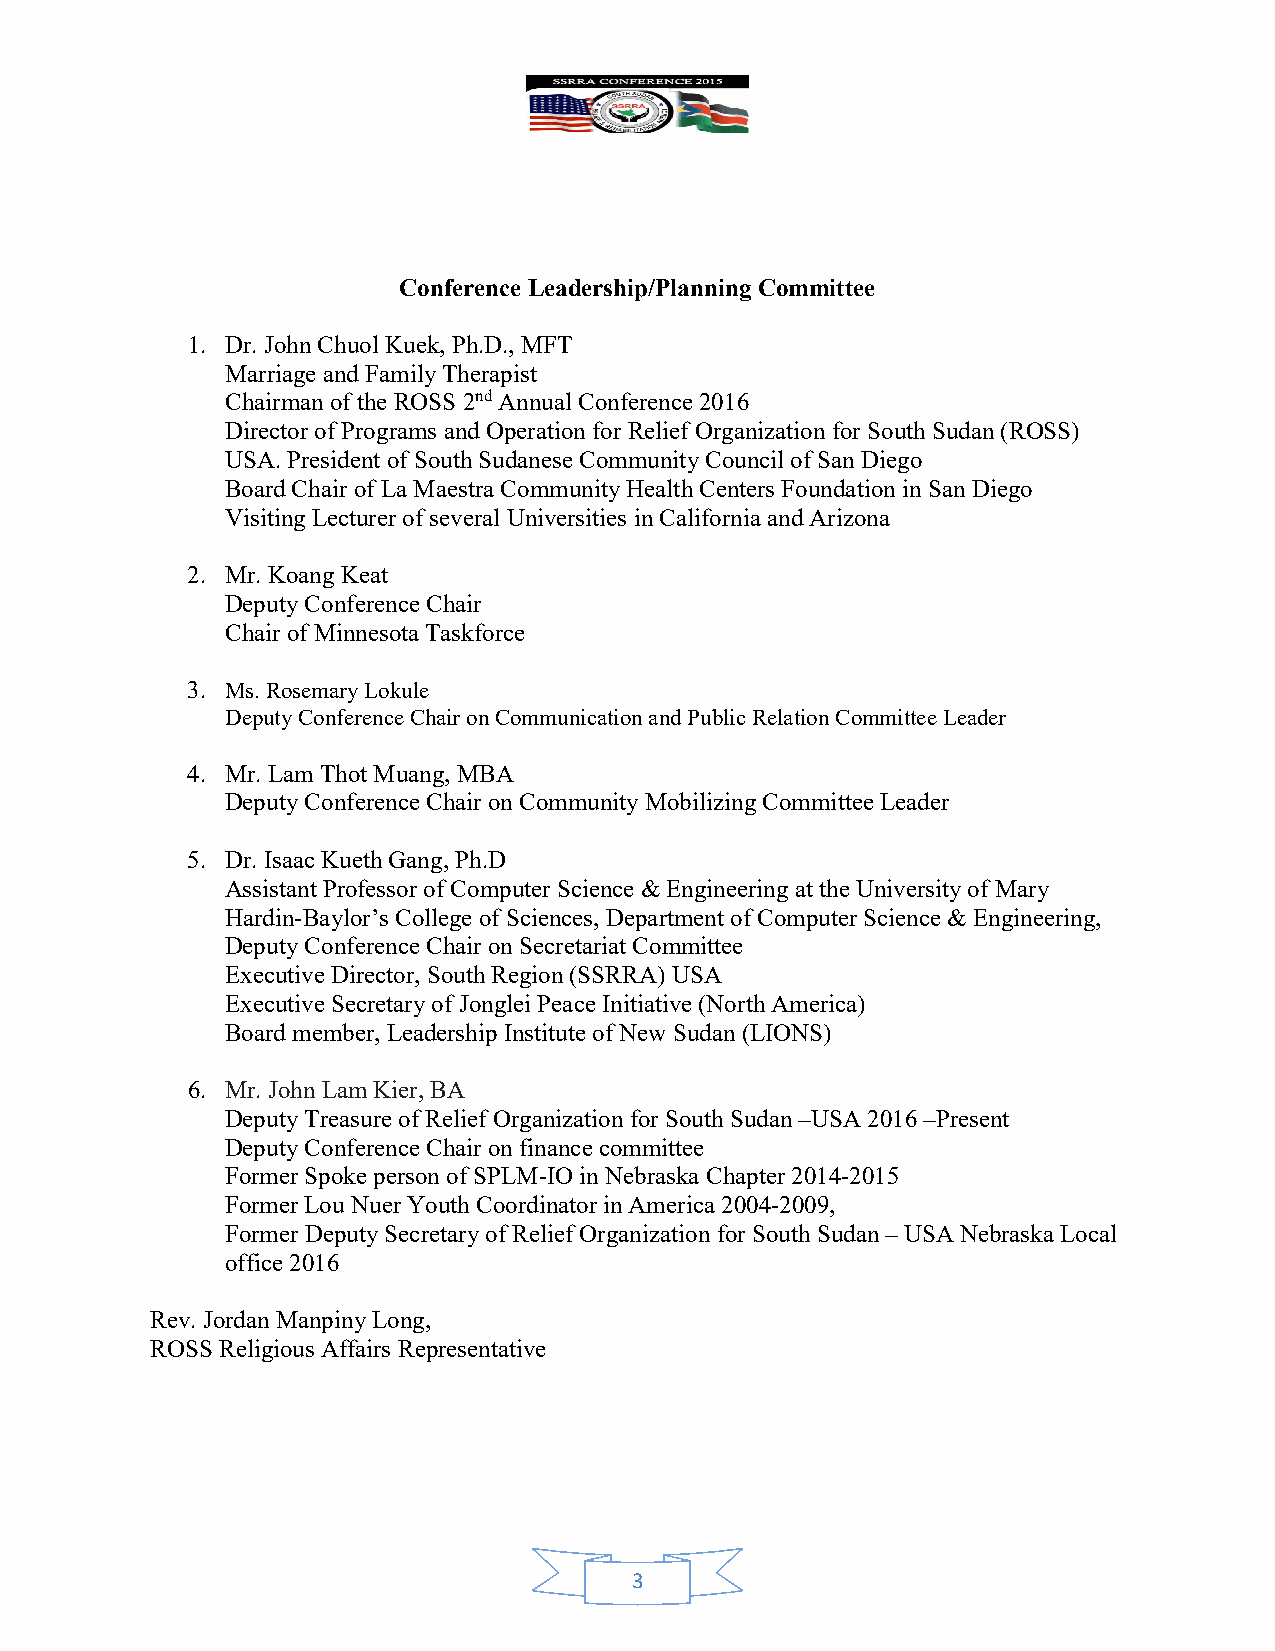
Conference Leadership/Planning Committee
 1. Dr. John Chuol Kuek, Ph.D., MFT
 Marriage and Family Therapist
 Chairman of the ROSS 2nd Annual Conference 2016
 Director of Programs and Operation for Relief Organization for South Sudan (ROSS)
 USA. President of South Sudanese Community Council of San Diego
 Board Chair of La Maestra Community Health Centers Foundation in San Diego
 Visiting Lecturer of several Universities in California and Arizona
 2. Mr. Koang Keat
 Deputy Conference Chair
 Chair of Minnesota Taskforce
 3. Ms. Rosemary Lokule
 Deputy Conference Chair on Communication and Public Relation Committee Leader
 4. Mr. Lam Thot Muang, MBA
 Deputy Conference Chair on Community Mobilizing Committee Leader
 5. Dr. Isaac Kueth Gang, Ph.D
 Assistant Professor of Computer Science & Engineering at the University of Mary
 Hardin-Baylor’s College of Sciences, Department of Computer Science & Engineering,
 Deputy Conference Chair on Secretariat Committee
 Executive Director, South Region (SSRRA) USA
 Executive Secretary of Jonglei Peace Initiative (North America)
 Board member, Leadership Institute of New Sudan (LIONS)
 6. Mr. John Lam Kier, BA
 Deputy Treasure of Relief Organization for South Sudan –USA 2016 –Present
 Deputy Conference Chair on finance committee
 Former Spoke person of SPLM-IO in Nebraska Chapter 2014-2015
 Former Lou Nuer Youth Coordinator in America 2004-2009,
 Former Deputy Secretary of Relief Organization for South Sudan – USA Nebraska Local
 office 2016
 Rev. Jordan Manpiny Long,
 ROSS Religious Affairs Representative
 3